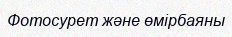
Фотосурет және өмірбаяны